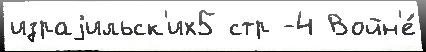
израjильск'их5 стр -4 Войн'е́